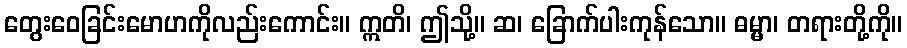
တွေးဝေခြင်းမောဟကိုလည်းကောင်း။ ဣတိ၊ ဤသို့။ ဆ၊ ခြောက်ပါးကုန်သော။ ဓမ္မာ၊ တရားတို့ကို။